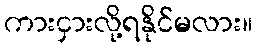
ကားငှားလို့ရနိုင်မလား။